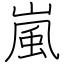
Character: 嵐